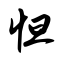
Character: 怛